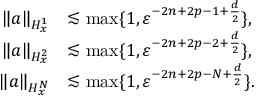
\begin{array} { r l } { \left\| a \right\| _ { H _ { x } ^ { 1 } } } & { \lesssim \operatorname* { m a x } \{ 1 , \varepsilon ^ { - 2 n + 2 p - 1 + \frac { d } { 2 } } \} , } \\ { \left\| a \right\| _ { H _ { x } ^ { 2 } } } & { \lesssim \operatorname* { m a x } \{ 1 , \varepsilon ^ { - 2 n + 2 p - 2 + \frac { d } { 2 } } \} , } \\ { \left\| a \right\| _ { H _ { x } ^ { N } } } & { \lesssim \operatorname* { m a x } \{ 1 , \varepsilon ^ { - 2 n + 2 p - N + \frac { d } { 2 } } \} . } \end{array}